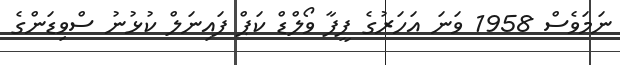
ނަމަވެސް 1958 ވަނަ އަހަރުގެ ފީފާ ވޯލްޑް ކަޕް ފައިނަލް ކުޅުނު ސްވިޑަންގެ